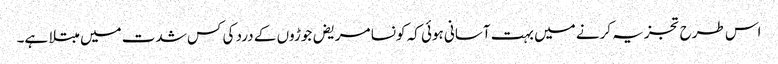
اس طرح تجزیہ کرنے میں بہت آسانی ہوئی کہ کونسا مریض جوڑوں کے درد کی کس شدت میں مبتلا ہے۔